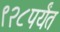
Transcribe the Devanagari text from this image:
९२८पर्यंत